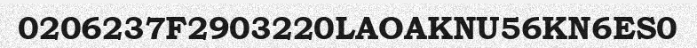
0206237F2903220LAOAKNU56KN6ES0